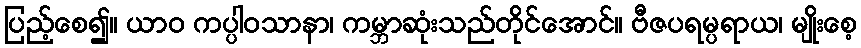
ပြည့်စေ၍။ ယာဝ ကပ္ပါဝသာနာ၊ ကမ္ဘာဆုံးသည်တိုင်အောင်။ ဗီဇပရမ္ပရာယ၊ မျိုးစေ့